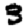
Digit: 3